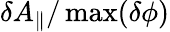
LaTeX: \delta A_{\parallel}/\operatorname*{max}(\delta\phi)